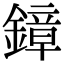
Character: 鏱